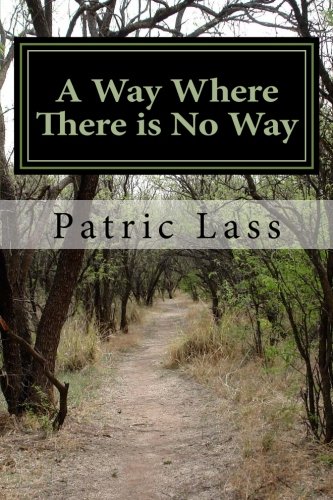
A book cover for A Way Where There is No Way: A Guide to the Straight and Narrow; Patric R Lass; Christian Books & Bibles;